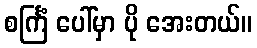
စင်္ကြံ ပေါ်မှာ ပို အေးတယ်။